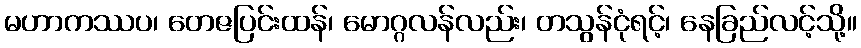
မဟာကဿပ၊ တေဇပြင်းထန်၊ မောဂ္ဂလန်လည်း၊ တသွန်ငုံရင့်၊ နေခြည်လင့်သို့။